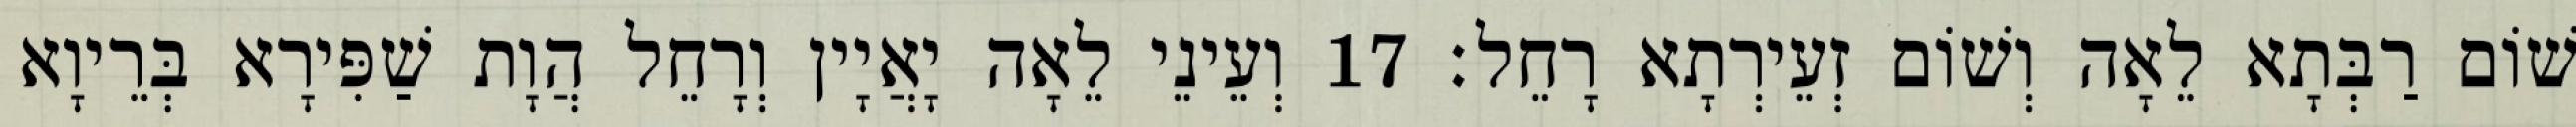
שׁוֹם רַבְּתָא לֵאָה וְשׁוֹם זְעֵירְתָא רָחֵל׃ 17 וְעֵינֵי לֵאָה יָאֲיָין וְרָחֵל הֲוָת שַׁפִּירָא בְּרֵיוָא